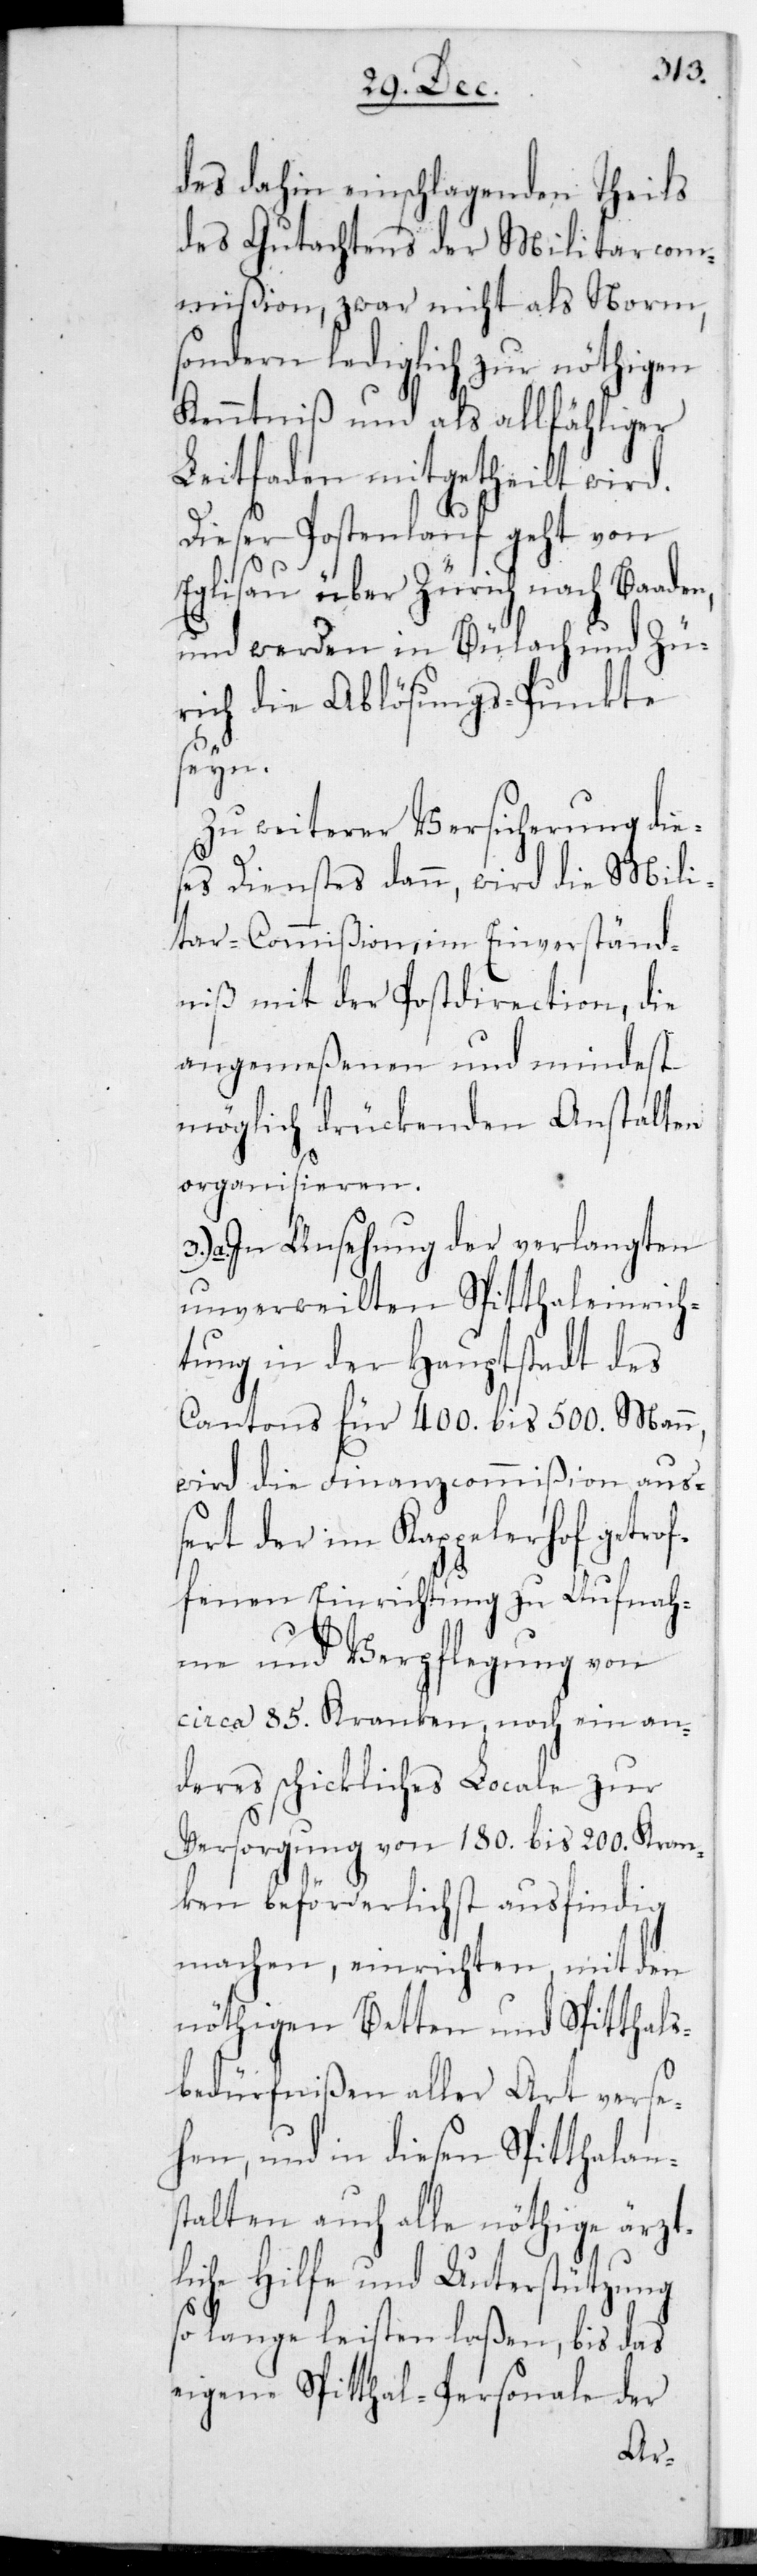
des dahin einschlagenden Theils
des Gutachtens der Militar-Com¬
mißion, zwar nicht als Norm,
sondern lediglich zur nöthigen
Kenntniß und als allfähliger
Leitfaden mitgetheilt wird.
Dieser Postenlauf geht von
Eglisau über Zürich nach Baad¬
und werden in Bülach und Zü¬
rich die Ablösungs-Punkte
sein.
Zu weiterer Versicherung dies¬
es Dienstes dann, wird die Mili¬
tar-Commißion, im Einverständ¬
niß mit der Postdirection, die
angemeßenen und mindest
möglich drückenden Anstalten
organisieren.
a. In Ansehung der verlangten
unverweilten Spitaleinrich¬
tung in der Hauptstadt des
Cantons für 400. bis 500. Mann,
wird die Finanzcommißion au¬
ßert der im Kappelerhof getrof¬
fenen Einrichtung zu Aufnah¬
me und Verpflegung von
circa 85 Kranken, noch ein an¬
deres schickliches Locale zur
Versorgung von 180. bis 200. Kran¬
ken beförderlichst ausfindig
machen, einrichten, mit den
nöthigen Betten und Spitthals¬
bedürfnißen aller Art verse¬
hen, und in diesen Spitthalan¬
stalten auch alle nöthige ärzt¬
liche Hilfe und Unterstützung
eigene Spitthal-Personale der